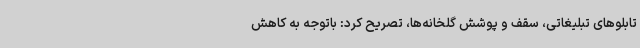
تابلوهای تبلیغاتی، سقف و پوشش گلخانه‌ها، تصریح کرد: باتوجه به کاهش